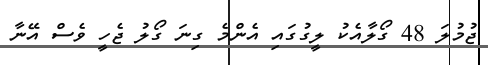
ޖުމުލަ 48 ގޯލާއެކު ލީގުގައި އެންމެ ގިނަ ގޯލު ޖެހީ ވެސް އޭނާ